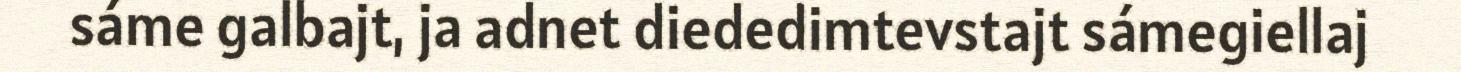
sáme galbajt, ja adnet diededimtevstajt sámegiellaj